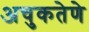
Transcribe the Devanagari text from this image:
अचुकतेणे